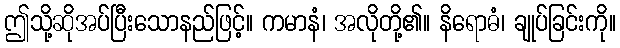
ဤသို့ဆိုအပ်ပြီးသောနည်ဖြင့်။ ကမာနံ၊ အလိုတို့၏။ နိရောဓံ၊ ချုပ်ခြင်းကို။